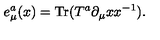
e _ { \mu } ^ { a } ( x ) = \mathrm { T r } ( T ^ { a } \partial _ { \mu } x x ^ { - 1 } ) .